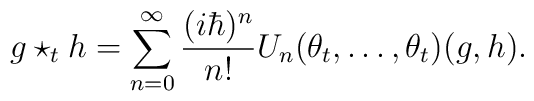
g \star_t h = \sum_{n=0}^\infty  \frac{(i\hbar)^{n}}{n!} U_n(\theta_t,\ldots,\theta_t)(g,h).